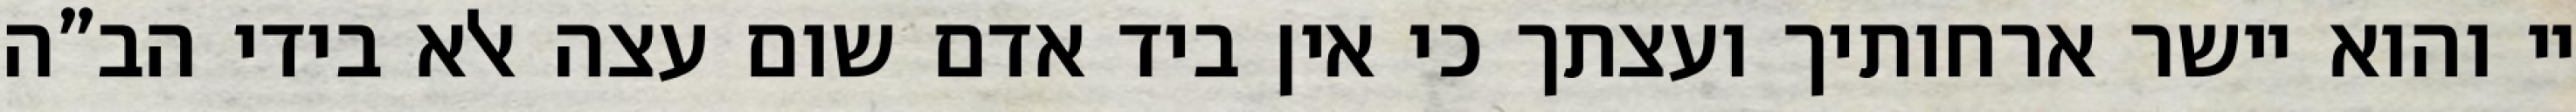
יי והוא יישר ארחותיך ועצתך כי אין ביד אדם שום עצה אלא בידי הב”ה